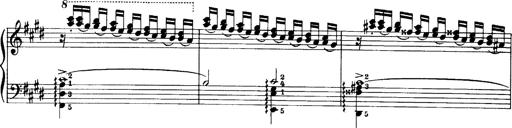
Title: OuvertÃ¼re zu TannhÃ¤user
Composer: Franz Liszt